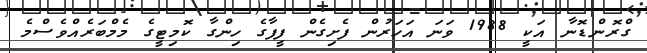
ގްރޮންޑޮނާ އަކީ 1988 ވަނަ އަހަރުން ފެށިގެން ފީފާގެ ހިންގާ ކޮމިޓީގެ މެމްބަރެއްވެސްމެ